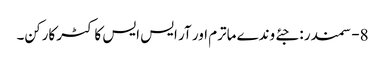
8- سمندر : جئے وندے ماترم اور آر ایس ایس کا کٹر کارکن۔